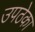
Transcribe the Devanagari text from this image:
उपठेका